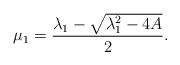
LaTeX: \begin{align*}\mu _1=\frac{\lambda _1 -\sqrt{ \lambda _1^2-4A}}{2}.\end{align*}